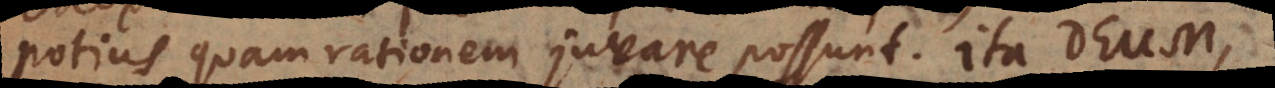
potius quam rationem juvare possunt. Ita Deum,